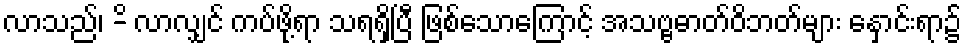
လာသည်၊ -ိ လာလျှင် ကပ်ဖို့ရာ သရရှိပြီ ဖြစ်သောကြောင့် အသဗ္ဗဓာတ်ဝိဘတ်များ နှောင်းရာ၌